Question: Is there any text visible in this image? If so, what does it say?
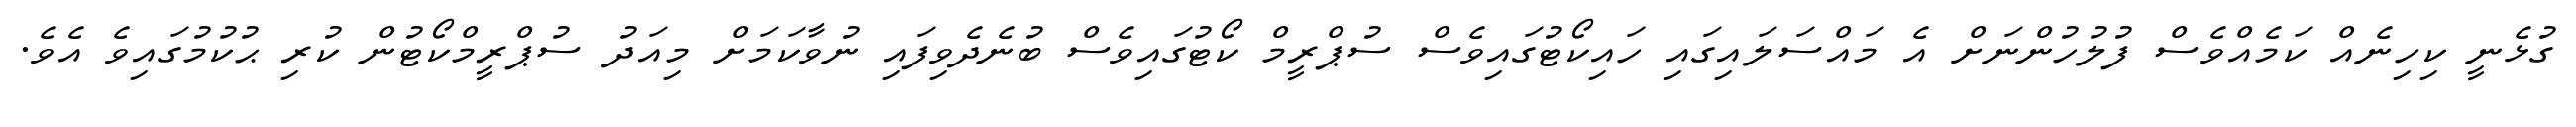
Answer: ގުޅެނީ ކިހިނެއް ކަމެއްވެސް ފުލުހުންނަށް އެ މައްސަލައިގައި ހައިކޯޓުގައިވެސް ސުޕްރީމް ކޯޓުގައިވެސް ބުނެދެވިފައި ނުވާކަމަށް މިއަދު ސުޕްރީމްކޯޓުން ކުރި ޙުކުމުގައިވެ އެވެ.